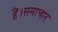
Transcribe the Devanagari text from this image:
हैं।समाचार